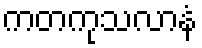
ကတကုသလာနံ